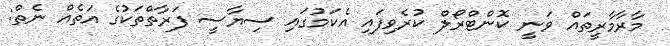
މާރާމާރީތައް ވަނީ ކޮންޓްރޯލް ކުރެވިފައި އެކަމުގައި ސިޔާސީ ފަރާތްތަކުގެ އަތެއް ނެތް: